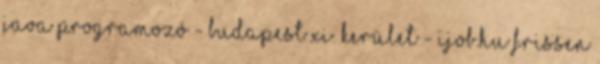
JAVA programozó - Budapest XI. kerület - IJOB.hu Frissen